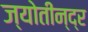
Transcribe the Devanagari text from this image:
ज्योतीन्द्र